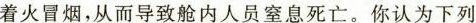
着火冒烟，从而导致舱内人员窒息死亡。你认为下列